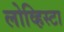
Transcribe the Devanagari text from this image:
लोव्हिस्टा